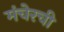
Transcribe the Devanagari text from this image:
मंचेरची